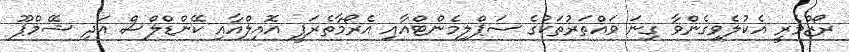
ރޯޒްމެރީ އެކުލެވިގެންވާ ގިނަ ވައްތަރުތަކުގެ ސަޕްލިމެންޓްއާއި އެރޯމާތެރަޕީ އޮއިލްއާއި ކޭންޑްލްސް އަދި ޝޭމްޕޫ